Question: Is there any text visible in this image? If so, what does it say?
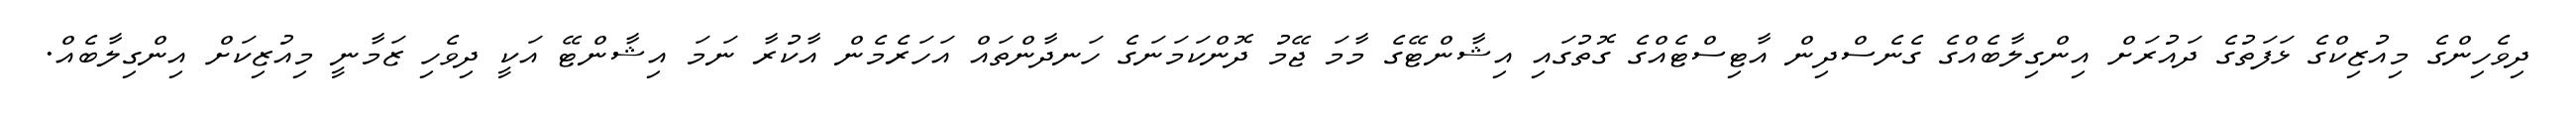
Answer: ދިވެހިންގެ މިއުޒިކްގެ ޅަފަތުގެ ދައުރަށް އިންގިލާބެއްގެ ގެނެސްދިން އާޓިސްޓެއްގެ ގޮތުގައި އިޝާންޓޭގެ މާމަ ޖޭމު ދޮންކަމަނަގެ ހަނދާންތައް އަހަރެމެން އާކުރާ ނަމަ އިޝާންޓޭ އަކީ ދިވެހި ޒަމާނީ މިއުޒިކަށް އިންގިލާބެއް.